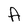
Character: A